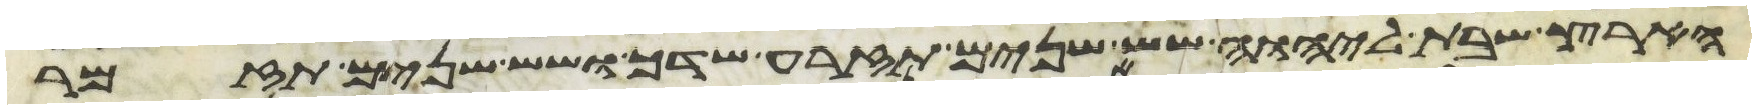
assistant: הארץ שבת ליהוה שש שנים תזרע שדך ושש שנים תזמר